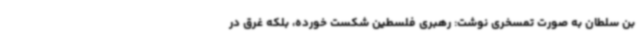
بن سلطان به صورت تمسخری نوشت: رهبری فلسطین شکست خورده، بلکه غرق در